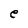
Character: e